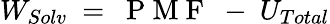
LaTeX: W_{Solv}~=~\mathrm{~P~M~F~}~-~U_{Total}